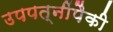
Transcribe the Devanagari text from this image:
उपपत्नींपैकी